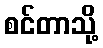
စင်တာသို့